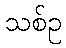
သစ်ဥ